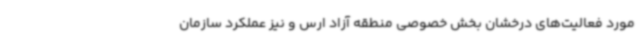
مورد فعالیت‌های درخشان بخش خصوصی منطقه آزاد ارس و نیز عملکرد سازمان